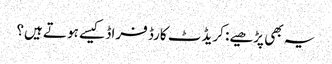
یہ بھی پڑھیے: کریڈٹ کارڈ فراڈ کیسے ہوتے ہیں؟